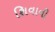
શિવાની